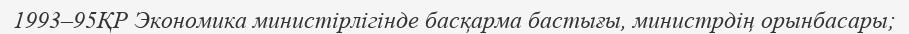
1993–95ҚР Экономика министірлігінде басқарма бастығы, министрдің орынбасары;